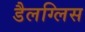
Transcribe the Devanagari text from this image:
डैलग्लिस